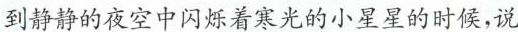
到静静的夜空中闪烁着寒光的小星星的时侯，说